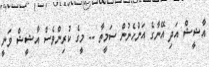
އާޝީޝް އަދި އޭނާގެ އަންހެނުން ސަމީތާ -- މީގެ ކުރިންވެސް އާޝީޝް ވަނީ